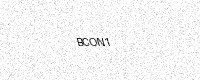
Text: BCON1